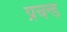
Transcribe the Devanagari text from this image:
प्रचन्ड